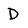
Character: D